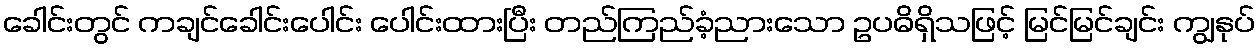
ခေါင်းတွင် ကချင်ခေါင်းပေါင်း ပေါင်းထားပြီး တည်ကြည်ခံ့ညားသော ဥပဓိရှိသဖြင့် မြင်မြင်ချင်း ကျွနုပ်